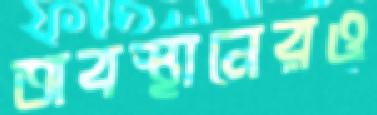
অবস্থানেরও